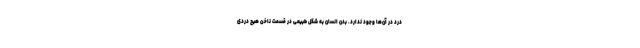
درد در آن‌ها وجود ندارد. بدن انسان به شکل طبیعی در قسمت ناخن هیچ دردی